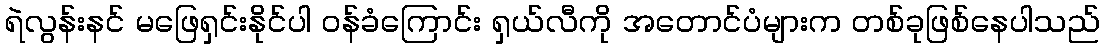
ရဲလွန်းနင် မဖြေရှင်းနိုင်ပါ ဝန်ခံကြောင်း ရှယ်လီကို အတောင်ပံများက တစ်ခုဖြစ်နေပါသည်